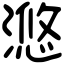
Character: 滺